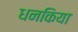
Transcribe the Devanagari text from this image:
धनकिया